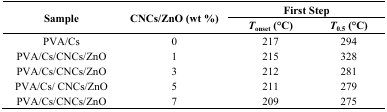
<table><thead><tr><td rowspan="2"><b>Sample</b></td><td rowspan="2"><b>CNCs/ZnO (wt %)</b></td><td colspan="2"><b>First Step</b></td></tr><tr><td><b><i>T</i><sub>onset</sub> (°C)</b></td><td><b><i>T</i><sub>0.5</sub> (°C)</b></td></tr></thead><tbody><tr><td>PVA/Cs</td><td>0</td><td>217</td><td>294</td></tr><tr><td>PVA/Cs/CNCs/ZnO</td><td>1</td><td>215</td><td>328</td></tr><tr><td>PVA/Cs/CNCs/ZnO</td><td>3</td><td>212</td><td>281</td></tr><tr><td>PVA/Cs/ CNCs/ZnO</td><td>5</td><td>211</td><td>279</td></tr><tr><td>PVA/Cs/CNCs/ZnO</td><td>7</td><td>209</td><td>275</td></tr></tbody></table>